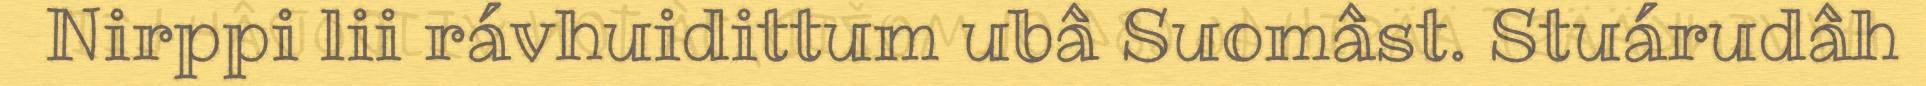
Nirppi lii rávhuidittum ubâ Suomâst. Stuárudâh